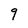
Character: 9